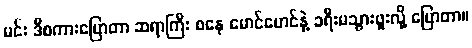
မင်း ဒီစကားပြောတာ ဆရာကြီး စနေ မောင်မောင်နဲ့ ခရီးမသွားဖူးလို့ ပြောတာ။